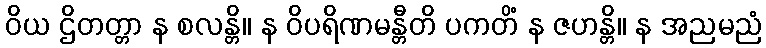
ဝိယ ဌိတတ္တာ န စလန္တိ။ န ဝိပရိဏမန္တီတိ ပကတိံ န ဇဟန္တိ။ န အညမညံ